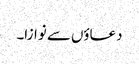
دعاؤں سے نوازا۔